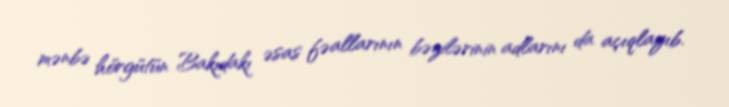
mənbə hörgütün Bakıdakı əsas fəallarının bəzilərinin adlarını da açıqlayıb.